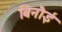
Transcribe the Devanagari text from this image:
बिनौई